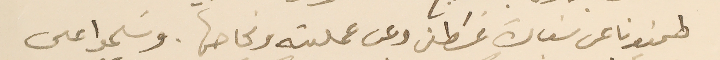
طمنونا عن سَيادة غسَطين وعن عمليته ونجاحها. وسَلموا على